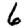
Digit: 6